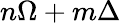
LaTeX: n\Omega+m\Delta